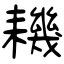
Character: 耭